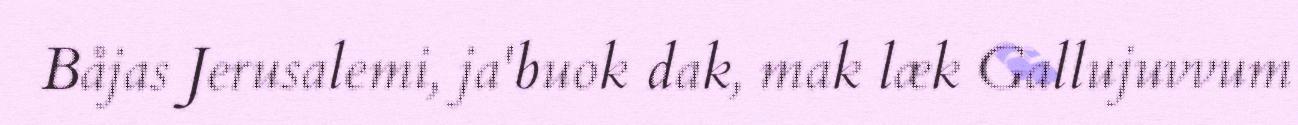
Båjas Jerusalemi, ja'buok dak, mak læk Gallujuvvum